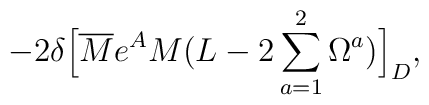
-2\delta\Bigl[\overline M e^A M(L-2\sum_{a=1}^{2}{\Omega^a})\Bigr]_D,